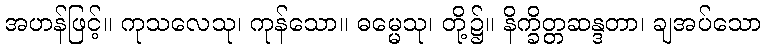
အဟန်ဖြင့်။ ကုသလေသု၊ ကုန်သော။ ဓမ္မေသု၊ တို့၌။ နိက္ခိတ္တဆန္ဒတာ၊ ချအပ်သော